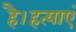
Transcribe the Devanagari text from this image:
है।हत्याएं